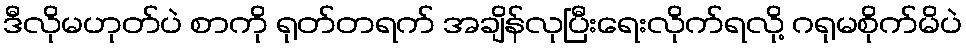
ဒီလိုမဟုတ်ပဲ စာကို ရုတ်တရက် အချိန်လုပြီးရေးလိုက်ရလို့ ဂရုမစိုက်မိပဲ